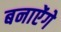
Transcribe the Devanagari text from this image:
बनाऐंगे